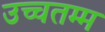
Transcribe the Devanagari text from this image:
उच्चतम्म